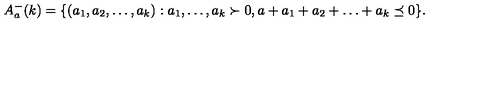
A _ { a } ^ { - } ( k ) = \{ ( a _ { 1 } , a _ { 2 } , \ldots , a _ { k } ) : a _ { 1 } , \ldots , a _ { k } \succ 0 , a + a _ { 1 } + a _ { 2 } + \ldots + a _ { k } \preceq 0 \} .